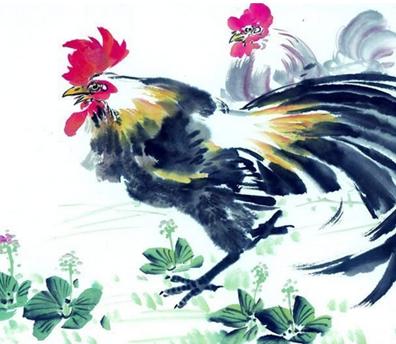
窗白一声鸡，枕函闻马嘶。